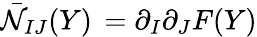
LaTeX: \bar{\cal N}_{IJ}(Y)\, =\partial_{I}\partial_{J}F(Y)